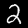
Label: 2